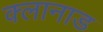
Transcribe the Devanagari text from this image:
क्लानाड